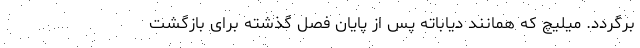
برگردد. میلیچ که همانند دیاباته پس از پایان فصل گذشته برای بازگشت